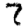
Digit: 7